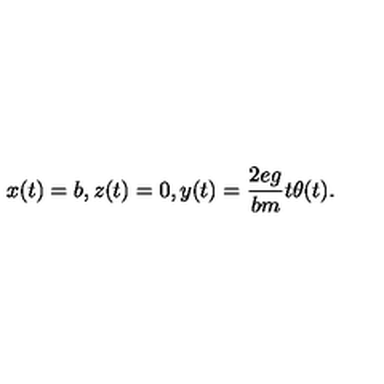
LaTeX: x ( t ) = b , z ( t ) = 0 , y ( t ) = { \frac { 2 e g } { b m } } t \theta ( t ) .